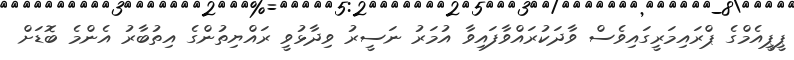
ޕީޕީއެމްގެ ޕްރައިމަރީގައިވެސް ވާދަކުރައްވާފައިވާ އުމަރު ނަސީރު ވިދާޅުވީ ރައްޔިތުންގެ އިތުބާރު އެންމެ ބޮޑަށް